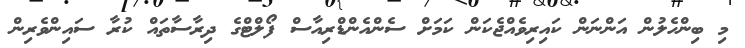
މި ބިންހެލުން އަންނަން ކައިރިވެއްޖެކަން ކަމަށް ސެންއެންޑްރިއާސް ފޯލްޓްގެ ދިރާސާތައް ކުރާ ސައިންވެރިން